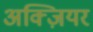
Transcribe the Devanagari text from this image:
अक्ज़ियर